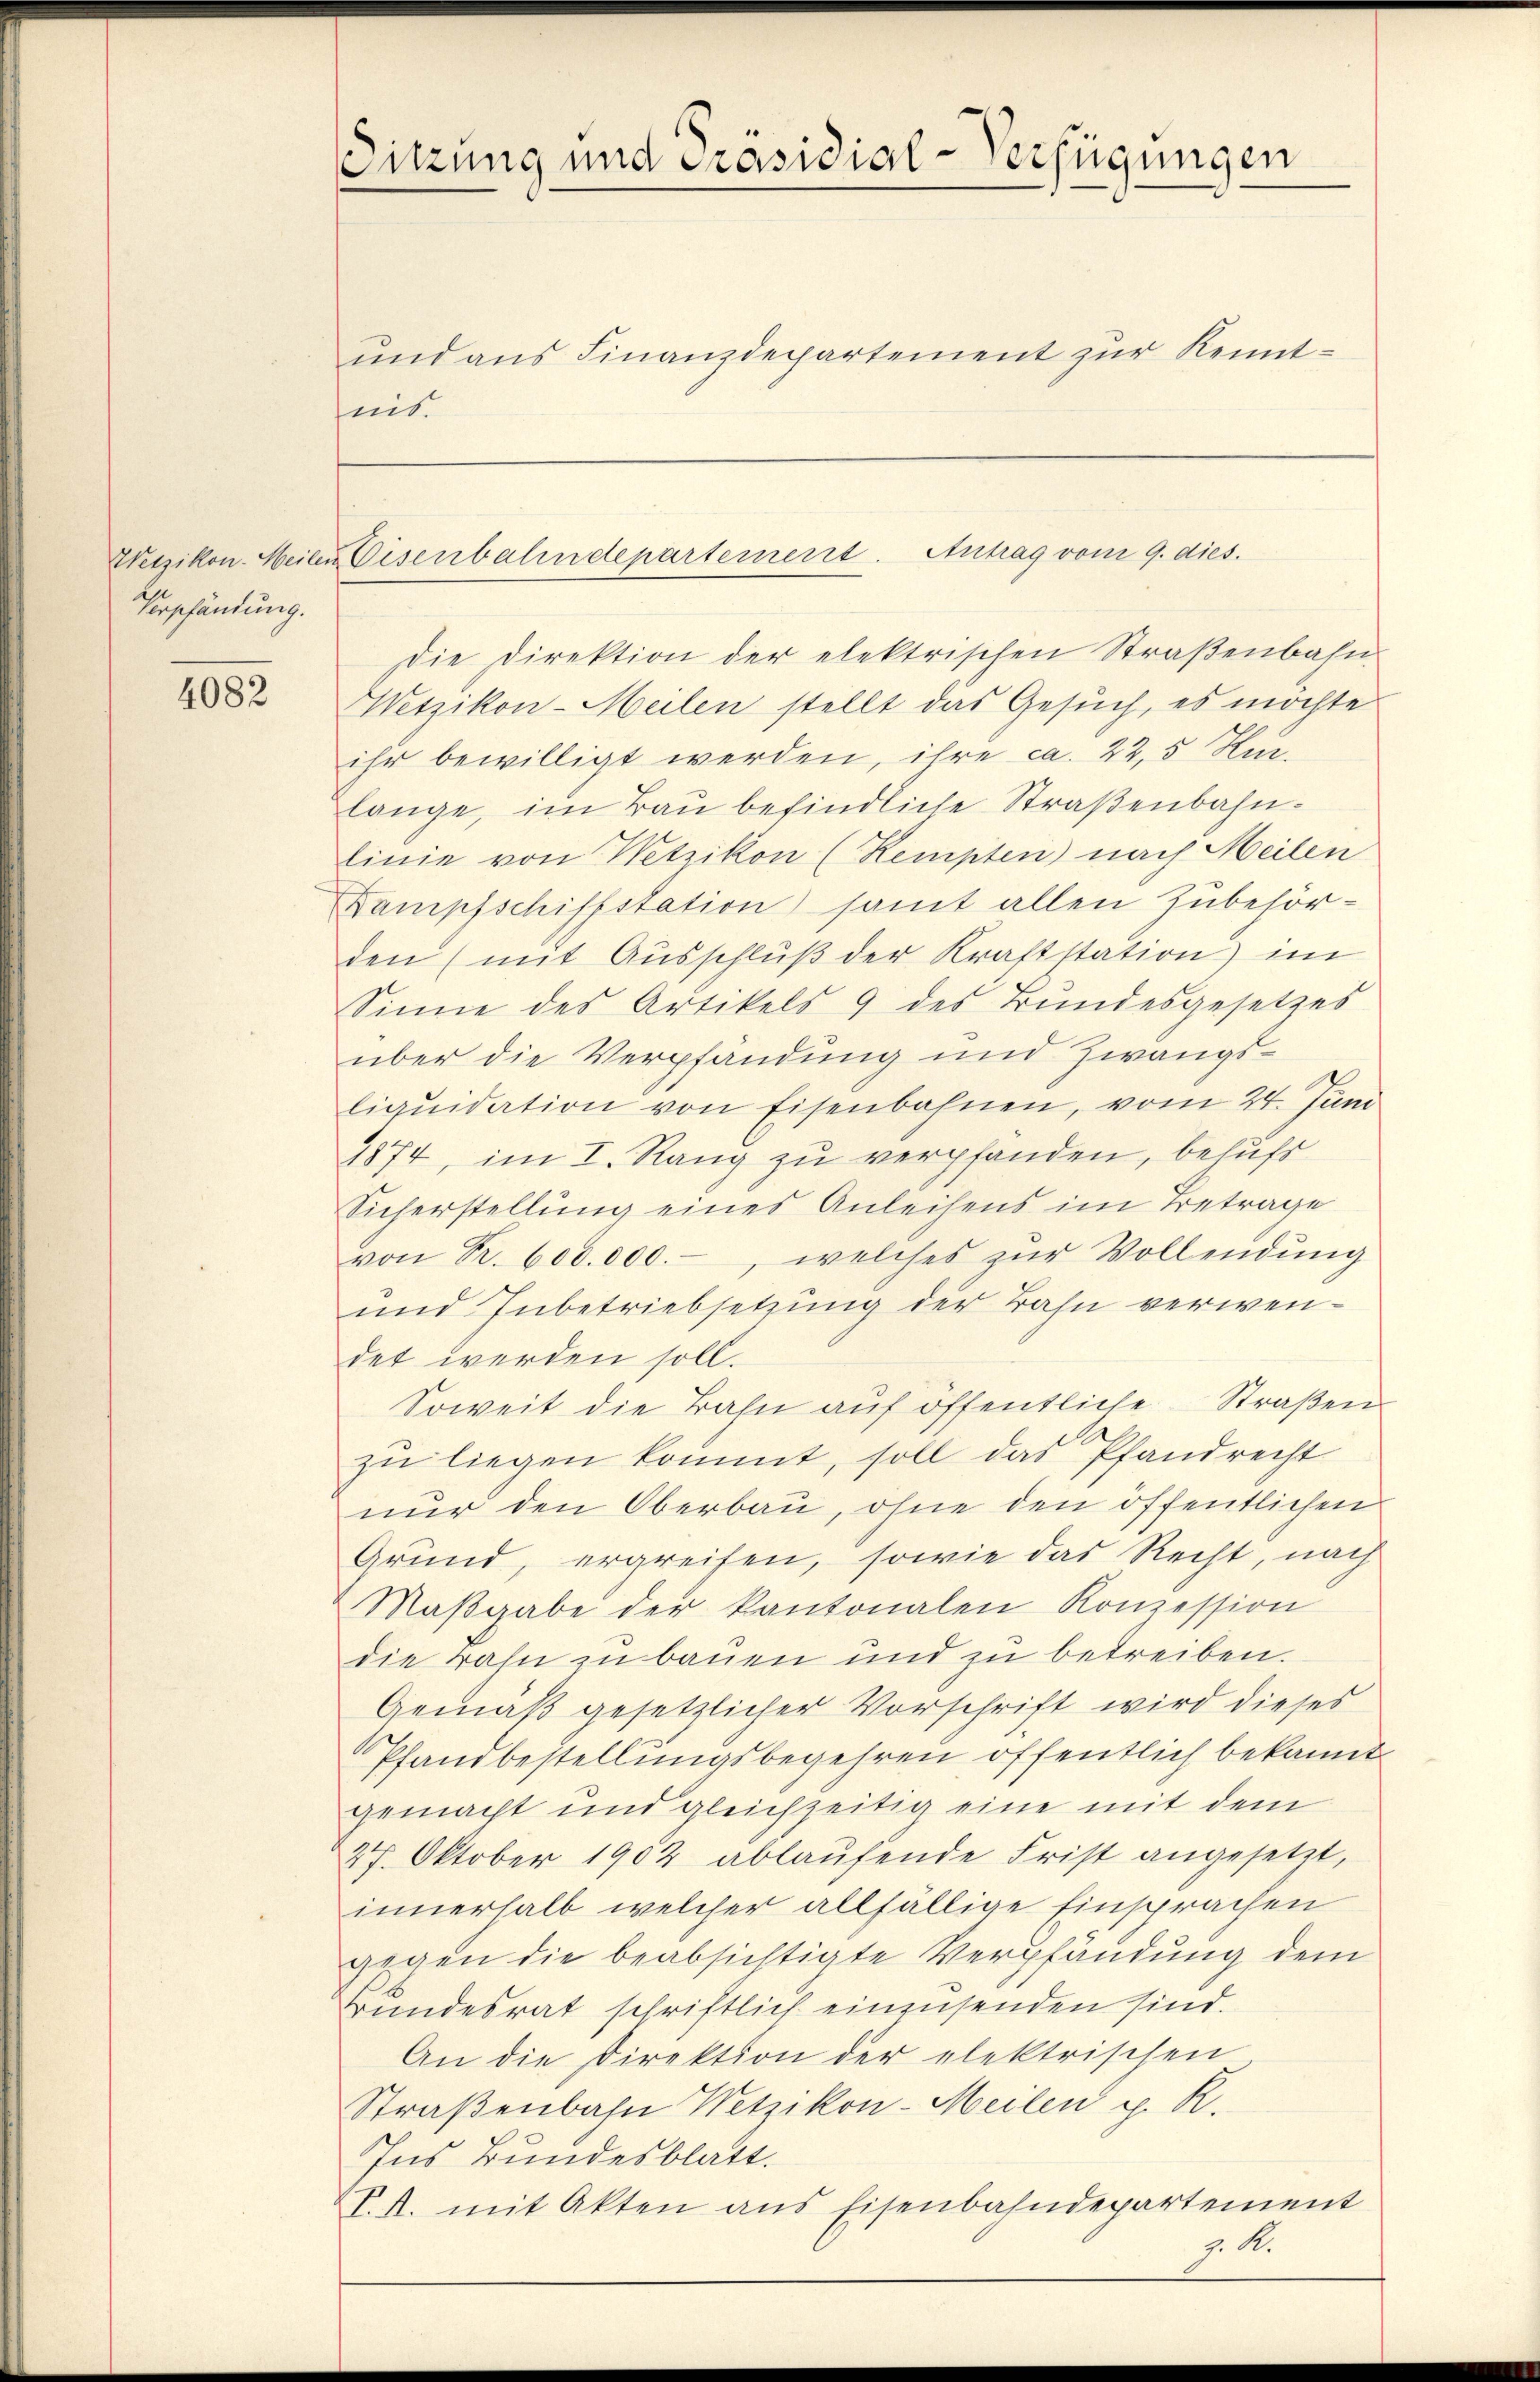
Verpfändung.

4082

Sitzung und Präsidial-Verfügungen

und aus Finanzdepartement zur Kenntnis.

Wetzikon-Meiler Weisenbahndepartement. Antrag vom 9. dies.

Die Direktion der elektrischen Straßenbahn
Wetzikon-Meilen stellt das Gesuch, es möchte
ihr bewilligt werden, ihre ca. 22,5 Hur.
lange, im Bau befindliche Straßenbahnlinie von Wetzikon (Kempten) nach Meilen
Dampfschiffstation samt allen Zubehörden (mit Ausschlŭβ der Kraftstation im
Sinne des Artikels 9 des Bŭndesgesetzes
über die Verpfandung und Zwangsliquidation von Eisenbahnen, vom 24. Juni
1874, im I. Rang zu verpfänden, behufs
Sicherstellung eines Anleihens im Betrage
von R. 600.000.-, welches zŭr Vollendŭng
und Inbetriebsetzung der Bahn verwendet werden soll.
Soweit die Bahn auf öffentliche Straßen
zu liegen kommt, soll das Pfandrecht
nur den Oberbau, ohne den öffentlichen
Grund, ergreifen, sowie das Recht, nach
Maβgabe der kantonalen Konzession
die Bahn zu bauen und zu betreiben.
Gemäß gesetzlicher Vorschrift wird dieses
Pfandbestellungsbegehren öffentlich bekannt
gemacht und gleichzeitig eine mit dem
27. Oktober 1902 ablaŭfende Frist angesetzt,
innerhalb welcher allfällige Einsprachen
gegen die beabsichtigte Verpfändung dem
Bundesrat schriftlich einzusenden sind.
An die Direktion der elektrischen
Straßenbahn Wetzikon-Meilen p. R.
Ins Bundesblatt.
S.A. mit Akten aus Eisenbahndepartement
z. R.